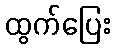
ထွက်ပြေး